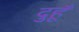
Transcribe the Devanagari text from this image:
दुहूँ